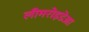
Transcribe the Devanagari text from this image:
लीमरोइडेआ